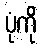
ပုံကို